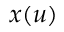
x ( u )